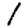
Digit: 1